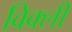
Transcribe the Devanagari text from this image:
विक्ली